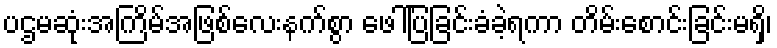
ပဌမဆုံးအကြိမ်အဖြစ်လေးနက်စွာ ဖေါ်ပြခြင်းခံခဲ့ရကာ တိမ်းစောင်းခြင်းမရှိ၊